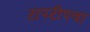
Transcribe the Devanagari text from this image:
टापटीपचा